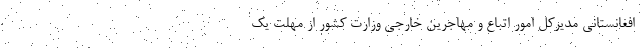
افغانستانی مدیرکل امور اتباع و مهاجرین خارجی وزارت کشور از مهلت یک